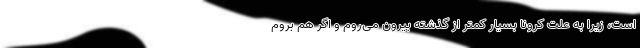
است، زیرا به علت کرونا بسیار کمتر از گذشته بیرون می‌روم و اگر هم بروم